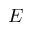
E